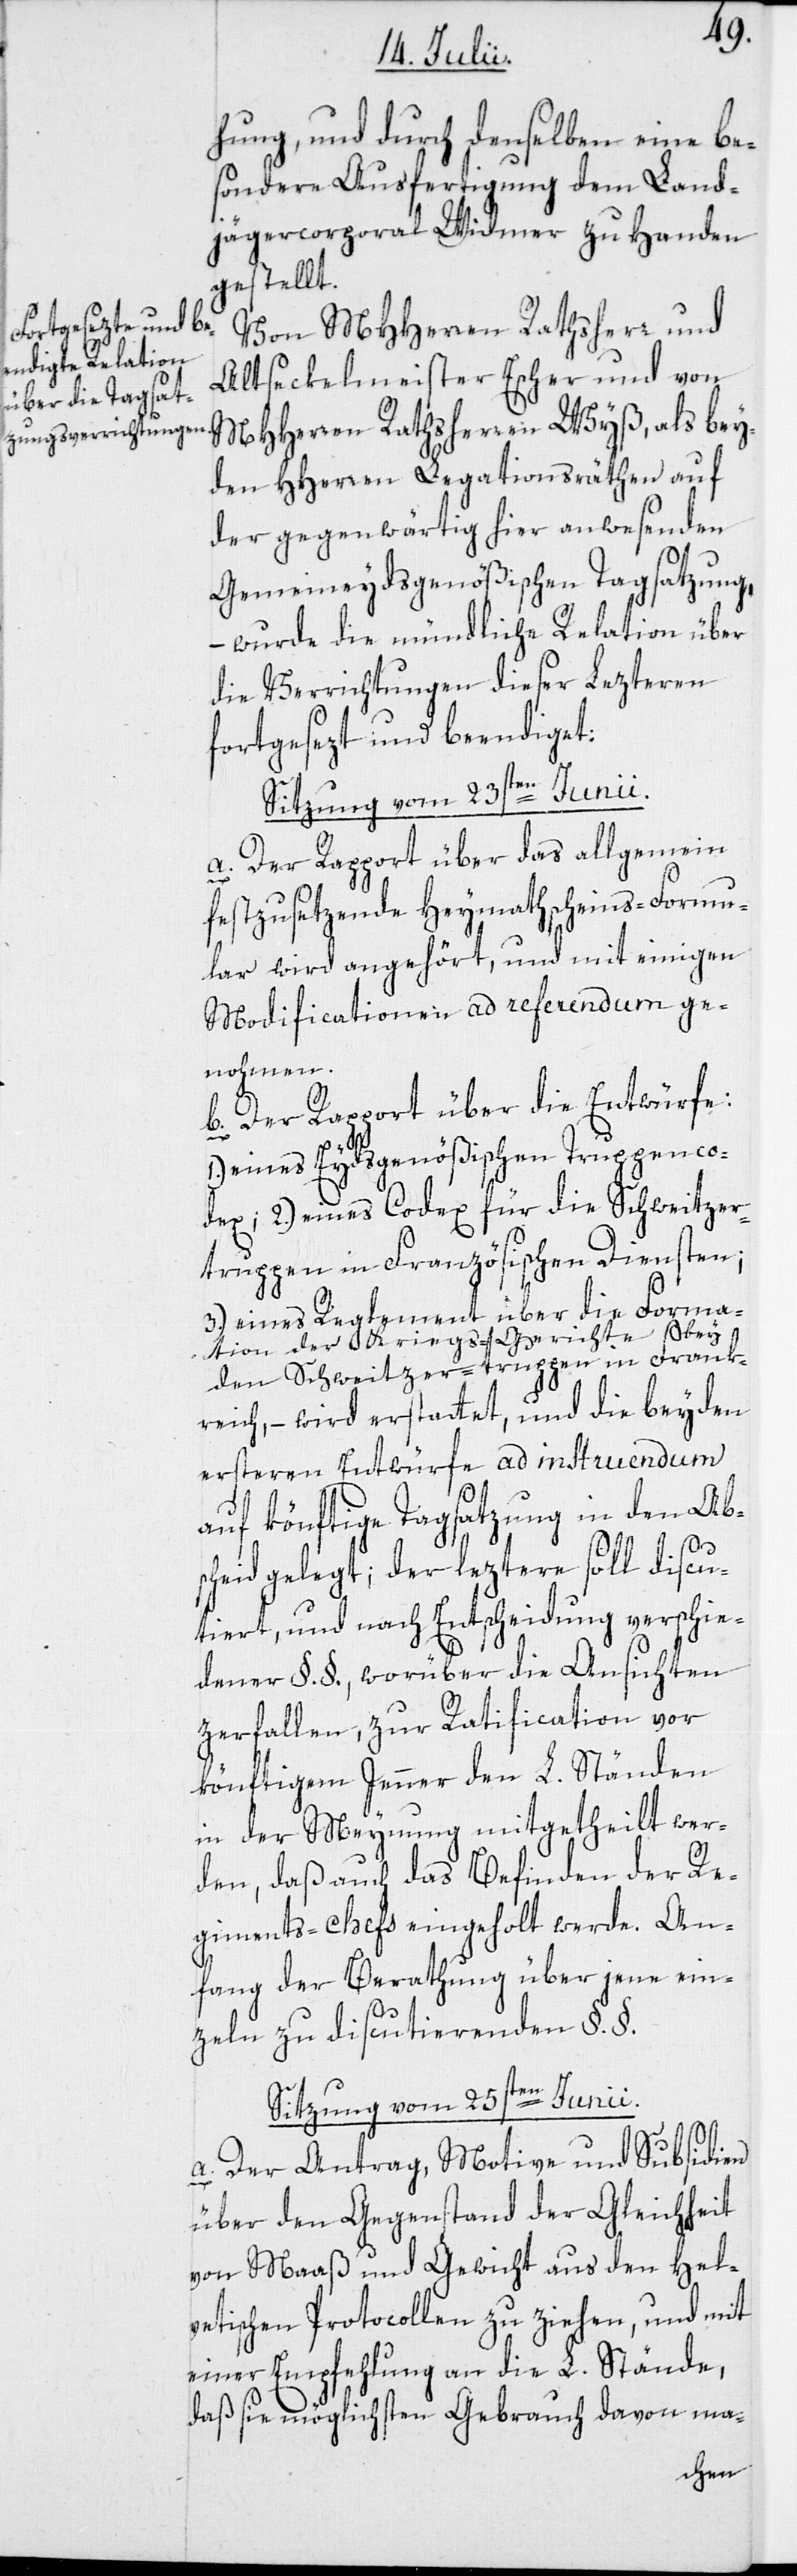
bey¬
hung, und durch denselben eine be¬
sondere Ausfertigung dem Land¬
jägercorporal Widmer zu Handen
gestellt.
MHHerren Rathsherren
Altseckelmeister Escher und von
den HHerren Legationsräthen auf
der gegenwärtig hier anwesenden
Gemeineydsgenößischen Tagsatzung,
– wurde die mündliche Relation über
die Verrichtungen dieser Lezteren
fortgesezt und beendiget:
Sitzung vom 23sten Junii.
a. Der Rapport über das allgemein
festzusetzende Heymathscheins-Formu¬
lar wird angehört, und mit einigen
Modificationen ad referendum ge¬
nohmen.
b. Der Rapport über die Entwürfe:
eines Eydsgenößischen Truppenco¬
dex; 2.) eines Codex für die Schweitzer¬
truppen in Französischen Diensten;
3.) eines Reglement über die Forma¬
tion der Kriegs-Gerichte bey
den Schweitzer-truppen in Frank¬
reich, – wird erstattet, und die beyden
ersteren Entwürfe ad instruendum
auf könftige Tagsatzung in den Ab¬
scheid gelegt; der leztere soll discu¬
tiert, und nach Entscheidung verschie¬
dener §.§., worüber die Ansichten
zerfallen, zur Ratification vor
könftigem Jenner den L. Ständen
in der Meynung mitgetheilt wer¬
den, daß auch das Befinden der Re¬
giments-chefs eingeholt werde. An¬
fang der Berathung über jene ein¬
zeln zu dicutierenden §.§.
Sitzung vom 25sten Junii.
a. Der Antrag, Motive und Subsidien
über den Gegenstand der Gleichheit
von Maaß und Gewicht aus den Hel¬
vetischen Protocollen zu ziehen, und mit
einer Empfehlung an die L. Stände,
daß sie möglichsten Gebrauch davon ma-